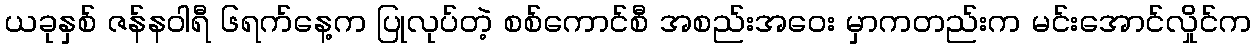
ယခုနှစ် ဇန်နဝါရီ ၆ရက်နေ့က ပြုလုပ်တဲ့ စစ်ကောင်စီ အစည်းအဝေး မှာကတည်းက မင်းအောင်လှိုင်က